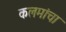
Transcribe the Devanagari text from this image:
कलमांचा